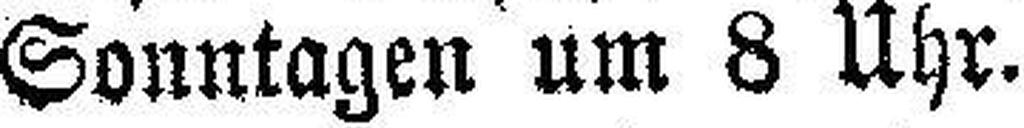
Sonntagen um 8 Uhr.